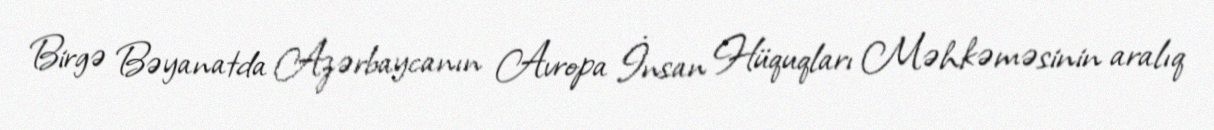
Birgə Bəyanatda Azərbaycanın Avropa İnsan Hüquqları Məhkəməsinin aralıq